Trukikaitis_Postimees, lk 37
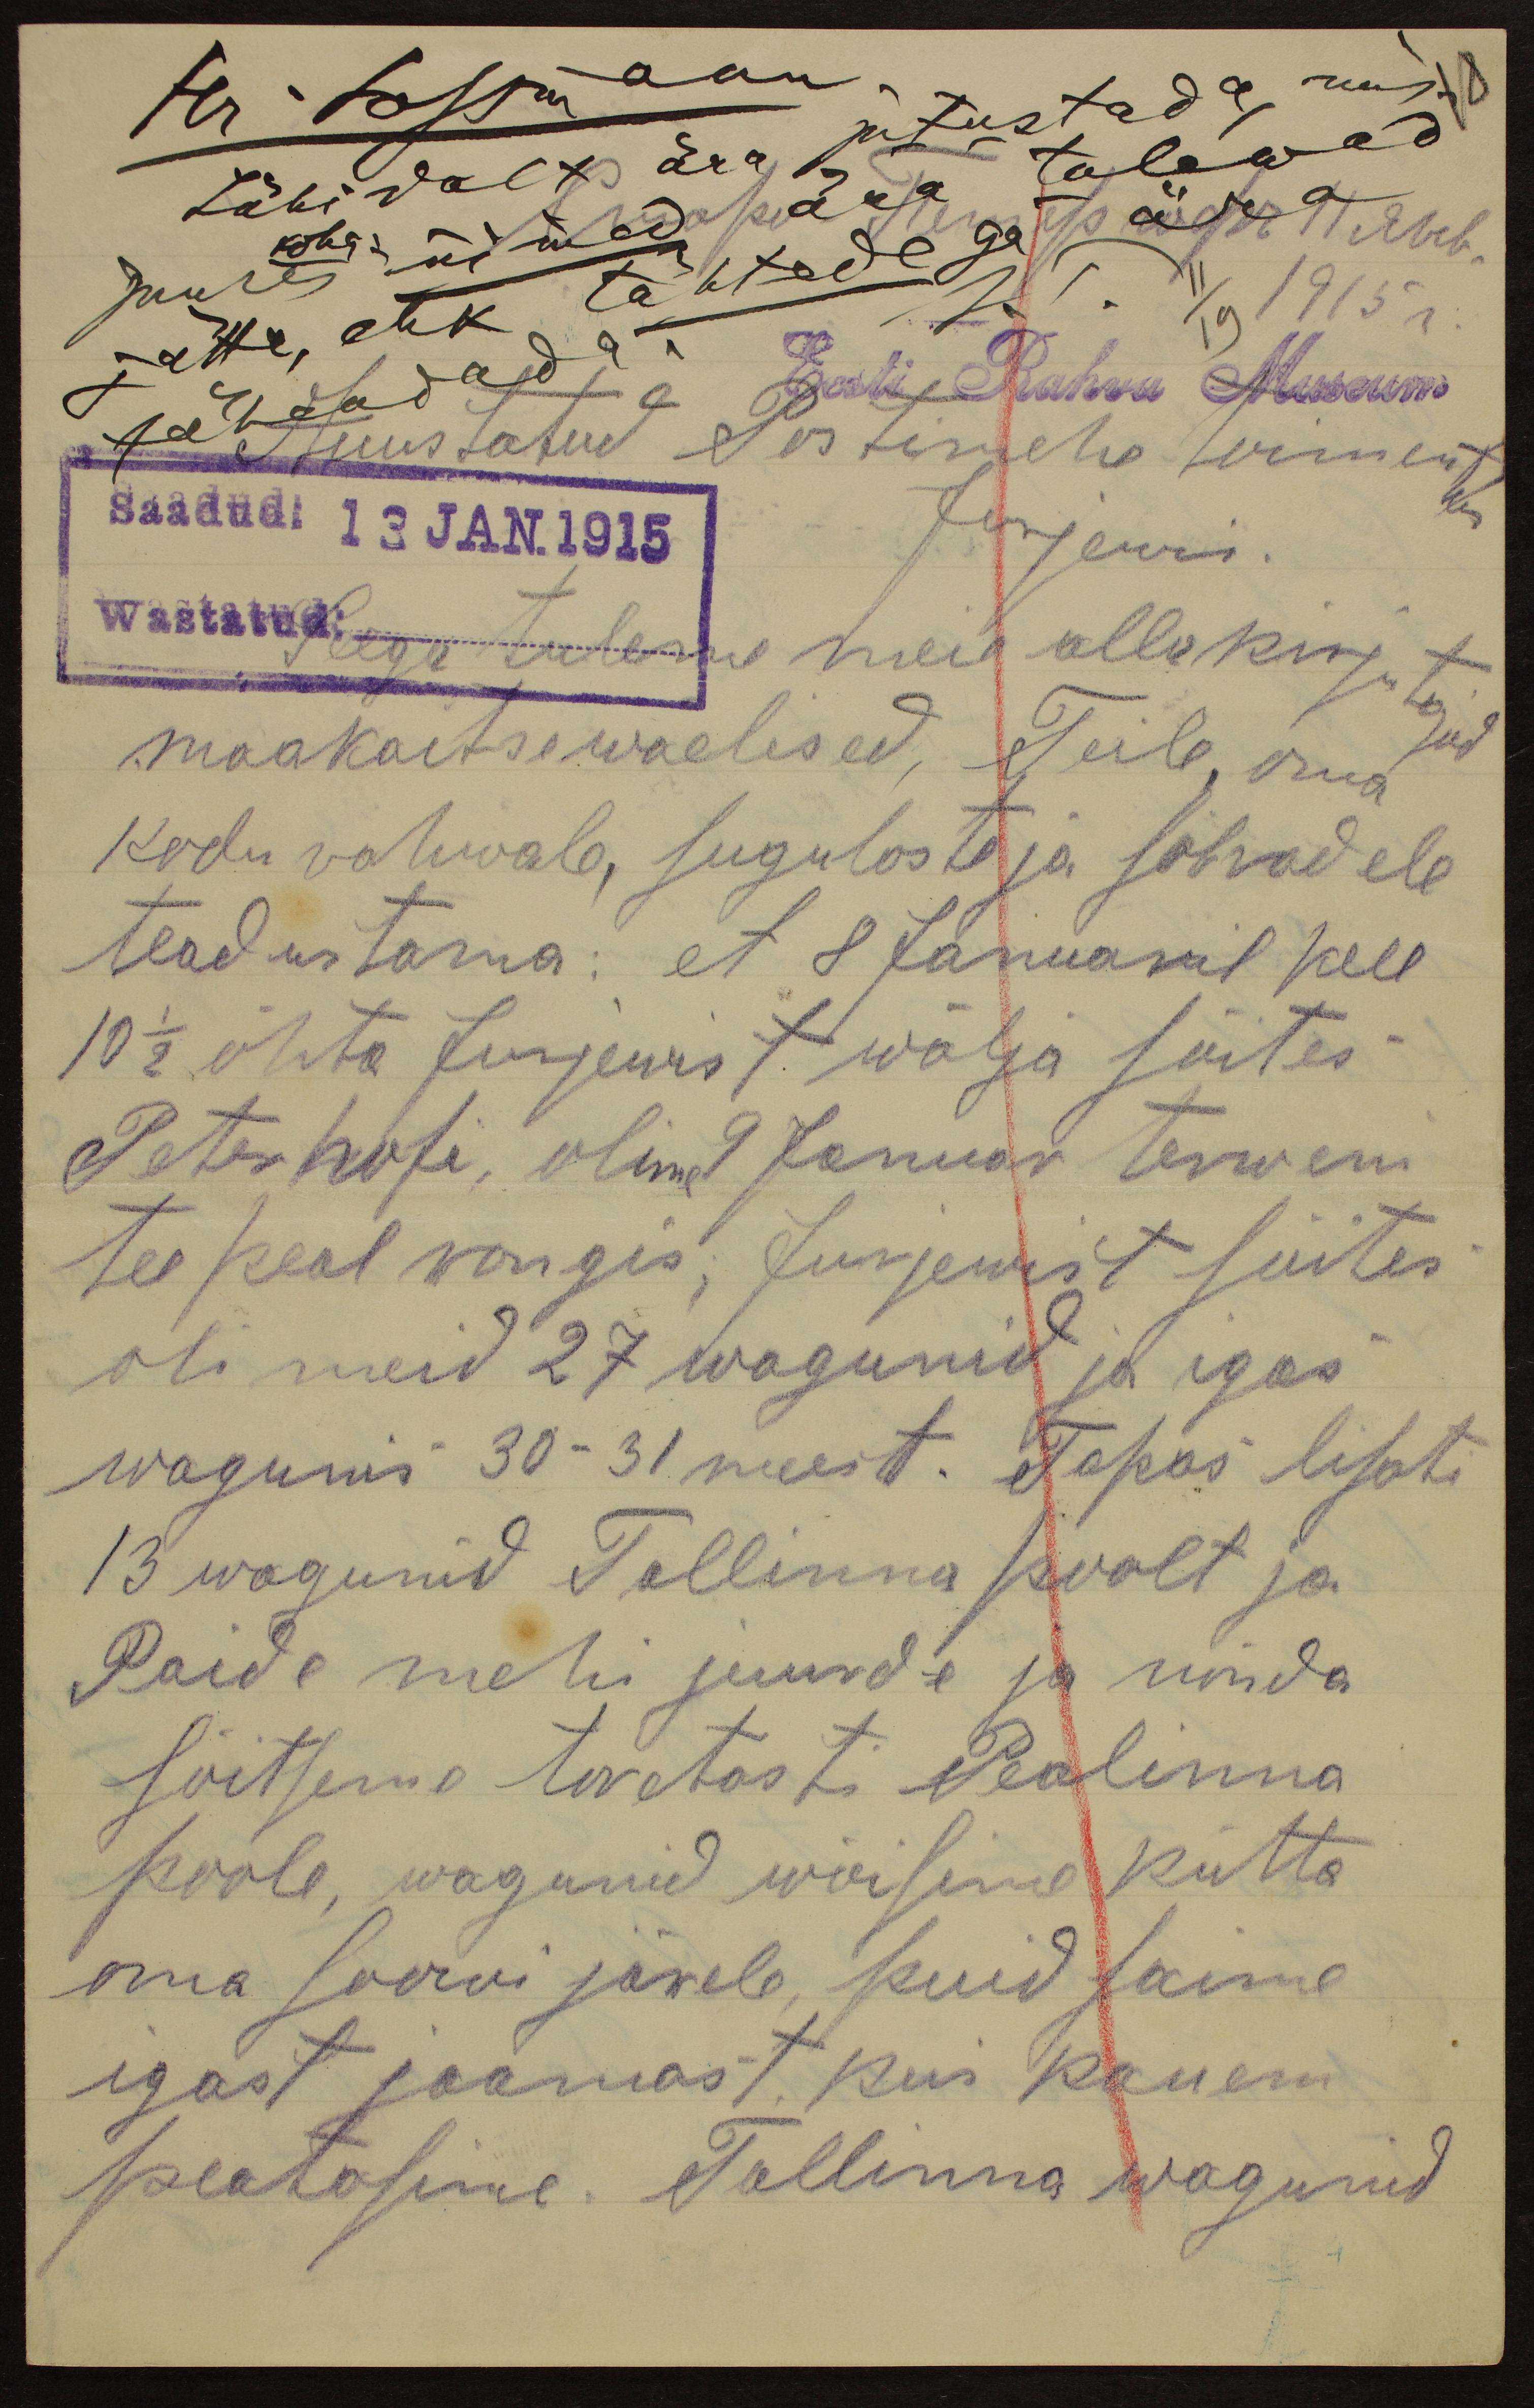
1915 g.
Eesti Rahva Museum
Auustatud Postimehe toimetus.
Saadud 13 JAN. 1915
Jurjewis.
wastatud:
Seega tuleme meie allakirjutajad
maakaitse waelised, Teile oma
kodu rahwale, sugulaste ja sõbradele
teadustama: et 8 Januaril kell
10 1/2 õhta Jurjewist wälja sõites
Peterhofi, olime 9 Januar terweni
tee peal rongis; Jurjewist sõites
oli meid 27 wagunid ja igas
wagunis 30-31 meest. Tapas lisati
13 wagunid Tallinna poolt ja
Paide mehi juurde ja nõnda
sõitseme toretasti Pealinna
poole, wagunid wõisime kütta
oma soowi järele, puid saime
igast jaamast, kus kauem
peatasime. Tallinna wagunid